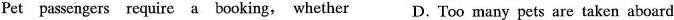
Pet passengers require a booking, whether D. Too many pets are taken aboard